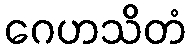
ဂေဟသိတံ